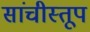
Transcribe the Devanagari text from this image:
सांचीस्तूप